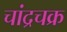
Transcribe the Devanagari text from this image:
चांद्रचक्र